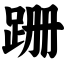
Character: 跚